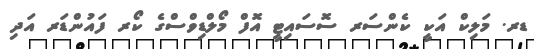
ޑރ. މަލިކް އަކީ ކެންސަރ ސޮސައިޓީ އޮފް މޯލްޑިވްސްގެ ކޯރ ފައުންޑަރ އަދި